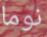
نوما